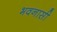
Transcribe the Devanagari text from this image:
भवनासी